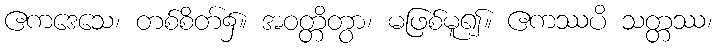
ဧကဒေသေ၊ တစ်စိတ်၌။ အဝတ္တိတွာ၊ မဖြစ်မူ၍။ ဧကဿပိ သတ္တဿ၊